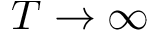
T \rightarrow \infty